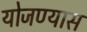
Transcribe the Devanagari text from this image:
योजण्यास